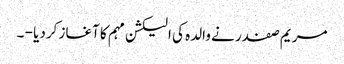
مریم صفدر نے والدہ کی الیکشن مہم کا آغاز کردیا - ۔